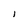
Character: I